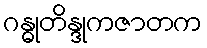
ဂန္ဓုတိန္ဒုကဇာတက